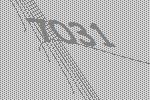
7031